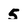
Character: 5